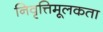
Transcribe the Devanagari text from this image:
निवृत्तिमूलकता